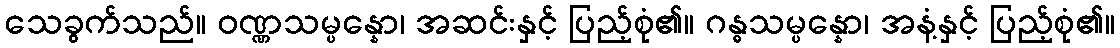
သေခွက်သည်။ ဝဏ္ဏသမ္ပန္နော၊ အဆင်းနှင့် ပြည့်စုံ၏။ ဂန္ဓသမ္ပန္နော၊ အနံ့နှင့် ပြည့်စုံ၏။